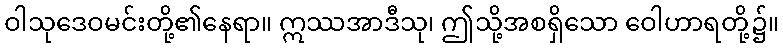
ဝါသုဒေဝမင်းတို့၏နေရာ။ ဣဿအာဒီသု၊ ဤသို့အစရှိသော ဝေါဟာရတို့၌။